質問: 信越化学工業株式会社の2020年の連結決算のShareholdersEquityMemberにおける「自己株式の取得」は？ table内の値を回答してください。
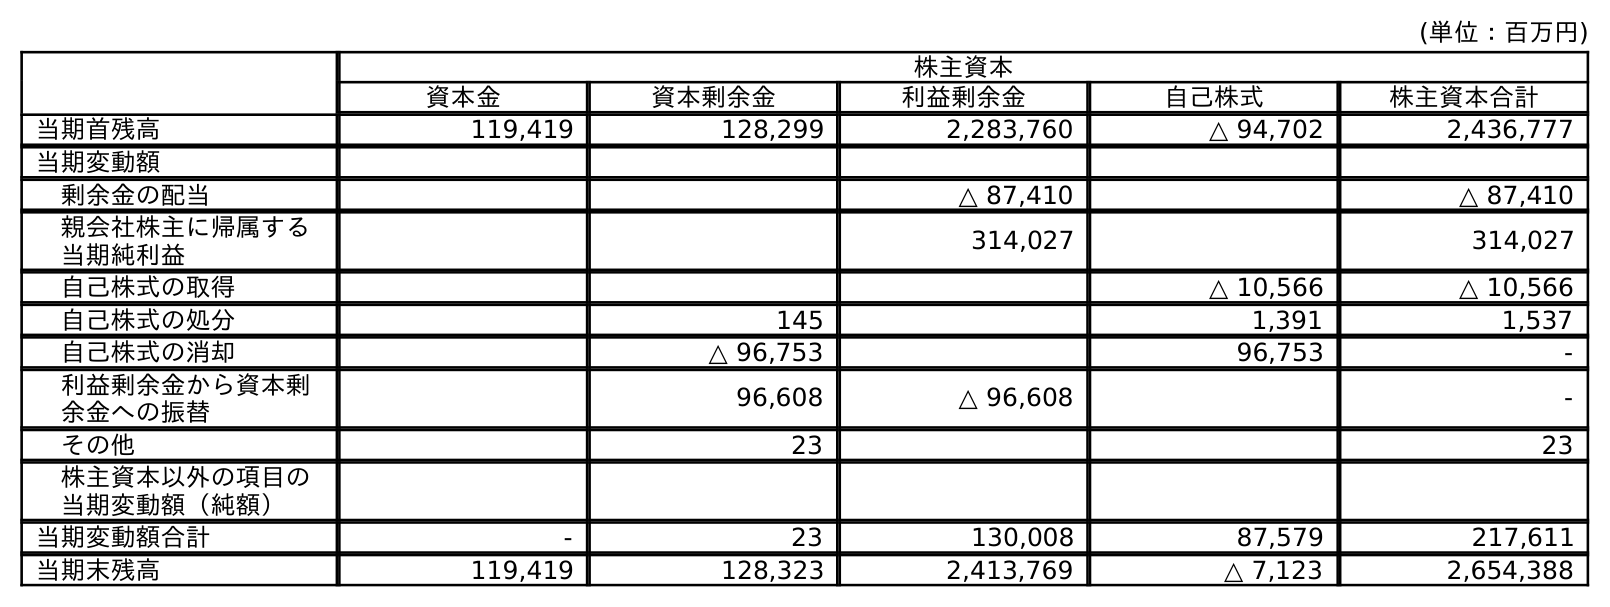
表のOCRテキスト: (単位：百万円) 株主資本 資本金 資本剰余金 利益剰余金 自己株式 株主資本合計 当期首残高 119,419 128,299 2,283,760 △ 94,702 2,436,777 当期変動額 剰余金の配当 △ 87,410 △ 87,410 親会社株主に帰属する 当期純利益 314,027 314,027 自己株式の取得 △ 10,566 △ 10,566 自己株式の処分 145 1,391 1,537 自己株式の消却 △ 96,753 96,753 - 利益剰余金から資本剰 余金への振替 96,608 △ 96,608 - その他 23 23 株主資本以外の項目の 当期変動額（純額） 当期変動額合計 - 23 130,008 87,579 217,611 当期末残高 119,419 128,323 2,413,769 △ 7,123 2,654,388
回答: △10,566